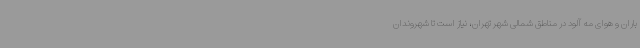
باران و هوای مه آلود در مناطق شمالی شهر تهران، نیاز است تا شهروندان